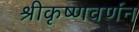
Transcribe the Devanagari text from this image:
श्रीकृष्णवर्णन